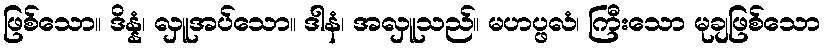
ဖြစ်သော။ ဒိန္နံ၊ လှူအပ်သော။ ဒါနံ၊ အလှူသည်။ မဟပ္ဖလံ၊ ကြီးသော မုချဖြစ်သော